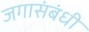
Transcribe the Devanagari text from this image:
जगासंबंधी